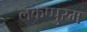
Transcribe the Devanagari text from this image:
लकप्पुरम